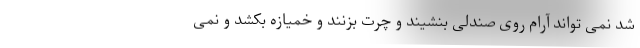
شد نمی تواند آرام روی صندلی بنشیند و چرت بزنند و خمیازه بکشد و نمی